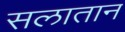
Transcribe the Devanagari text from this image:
सलातान